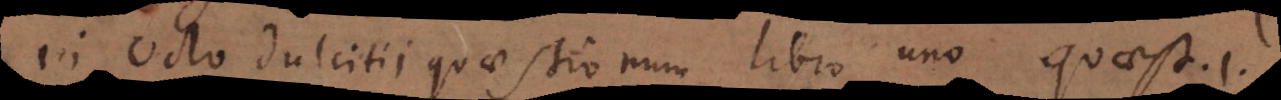
in octo Dulcitii quaestionum libro uno quaest. 1.